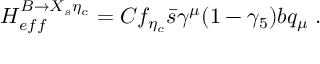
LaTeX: H _ { e f f } ^ { B \to X _ { s } \eta _ { c } } = C f _ { \eta _ { c } } \bar { s } \gamma ^ { \mu } ( 1 - \gamma _ { 5 } ) b q _ { \mu } \; .